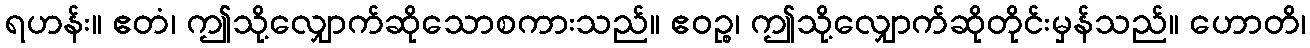
ရဟန်း။ ဧတံ၊ ဤသို့လျှောက်ဆိုသောစကားသည်။ ဧဝဉ္စ၊ ဤသို့လျှောက်ဆိုတိုင်းမှန်သည်။ ဟောတိ၊